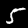
Digit: 5